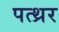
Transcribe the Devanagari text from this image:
पत्थ्रर